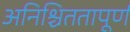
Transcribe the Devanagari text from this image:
अनिश्चिततापूर्ण